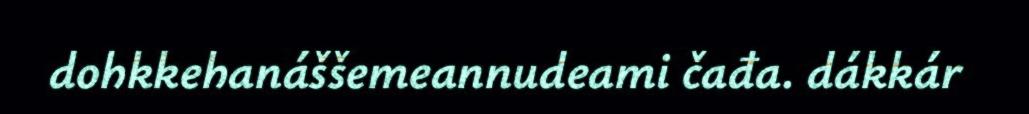
dohkkehanáššemeannudeami čađa. dákkár